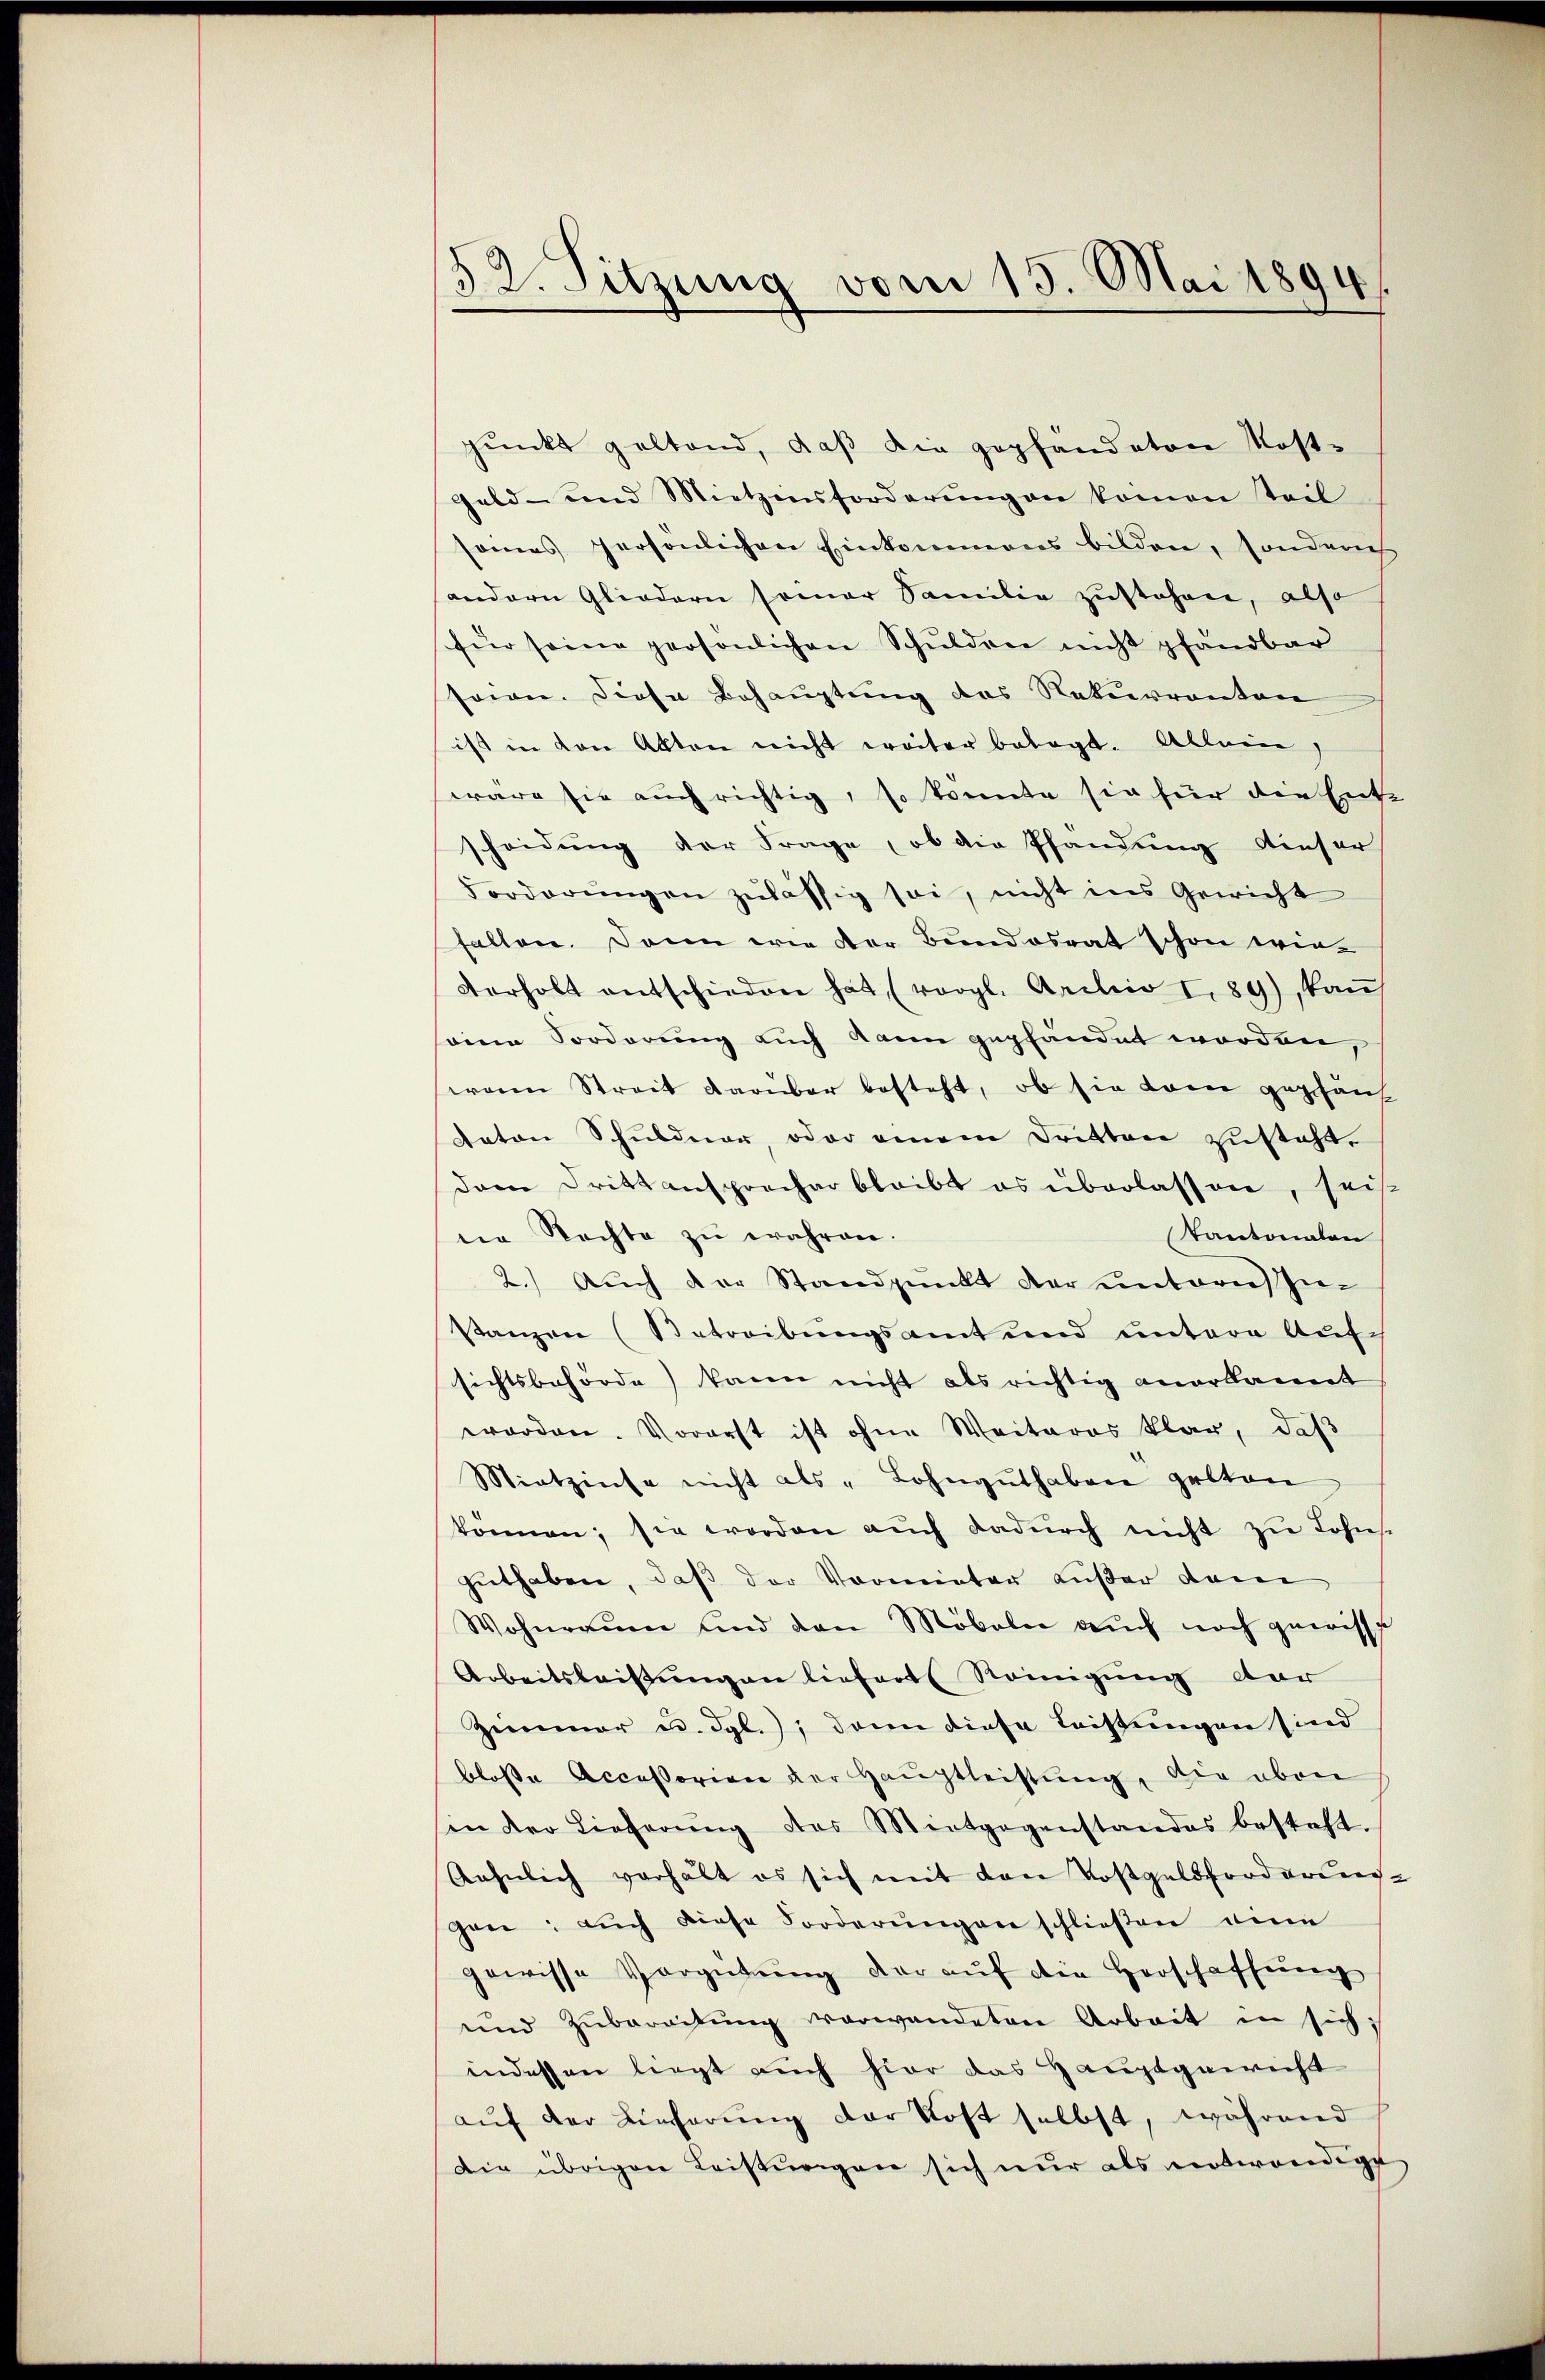
52. Sitzung vom 15. Mai 1894
.

punkt geltend, daß die gepfändeten Kost¬
Geld- und Nietzinsforderŭngen komen teil
sames persönlichen Einkommens bilden, sondern
andern Gliedern somar Familie zustehen, also
für seine persönlichen Schulden nicht pfandbar
seien. Diese Behauptung des Rekurrenten
ist in den Akten nicht weiter belegt. Allein,
wäre sie auch richtig, so konnte sie für die Ente
scheidung der Frage, ob die Pfandung dieser
Forderungen zulässig sei, nicht ins Gewicht
fallen. Dann wie der Bundesrat schon wir
derholt entschieden hat (vergl. Archiv I.89), kaṅ
oine Forderung auch kann gepfändet worden,
waren Streit darüber besteht, ob sie kam geplauf
Raton Schuldner, oder einem Dritten zusteht.
dam drittansprocher bleibt es überlassen, seis
Kantonalen
der Rechte zŭ währen.
2.) Auch der Standpunkt der untern In-
stanzen (Betreibungsamt und untere Auf-
sichtsbehörde) kann nicht als richtig anerkannt
worden. Vorerst ist ohne Weiteres klar, daβ
Mietzinse nicht als "Lohngŭthaben gelten
können; sie worden aŭch dadŭrch nicht zŭ Lohns-
guthaben, daß der Vormieter außer dem
Wohnraum und den Möbeln auch noch gewisse
Arbeitsleistŭngen liefert Reinigung dar
Zimmer u. dgl.); dann diese Leistungen sind
blosse Accessorien der Hauptleistung, die oben
sin der Lieferŭng des Mitgegenstandes besteht.
Aehnlich verhält es sich mit den Kostgeldforderliess-
gen: aŭch diese Forderŭngen schließen eine
gewisse Vergütŭng der aŭf die Herschaffung
und Zubereitŭng verwendeten Arbeit in sich
indessen liegt auch hier das Hauptgericht
aŭf der Lieferung der Kost selbst, während
Die übrigen Leistungen sich nur als entwendige